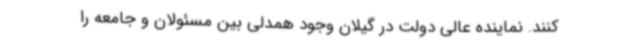
کنند. نماینده عالی دولت در گیلان وجود همدلی بین مسئولان و جامعه را